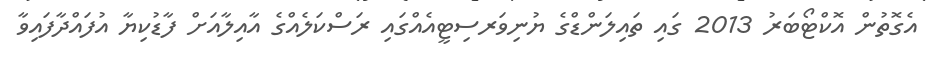
އެގޮތުން އޮކްޓޯބަރު 2013 ގައި ތައިލަންޑްގެ ޔުނިވަރސިޓީއެއްގައި ރަސްކަލެއްގެ އާއިލާއަށް ފާޑުކިޔާ އުފައްދާފައިވާ